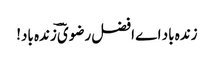
زندہ باد اے افضل رضویؔ ؔزندہ باد!